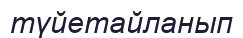
түйетайланып